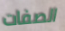
الصفات